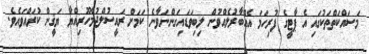
މަސައްކަތްތަކުގައި އެ ޕާޓީގެ ފުރިހަމަ އެއްބާރުލެއްވުން ލިބިވަޑައިގަންނަވާނެ ކަމަށް ރައީސުލްޖުމްހޫރިއްޔާ ޔަޤީން ކުރައްވައެވެ.